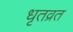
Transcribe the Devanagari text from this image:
धृतव्रत